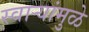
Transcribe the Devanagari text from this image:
स्वार्‍यांमुळे